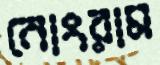
নোংরাম